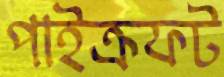
পাইক্রফট